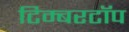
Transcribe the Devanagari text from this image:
टिम्बरटॉप